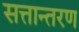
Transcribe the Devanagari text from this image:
सत्तान्तरण